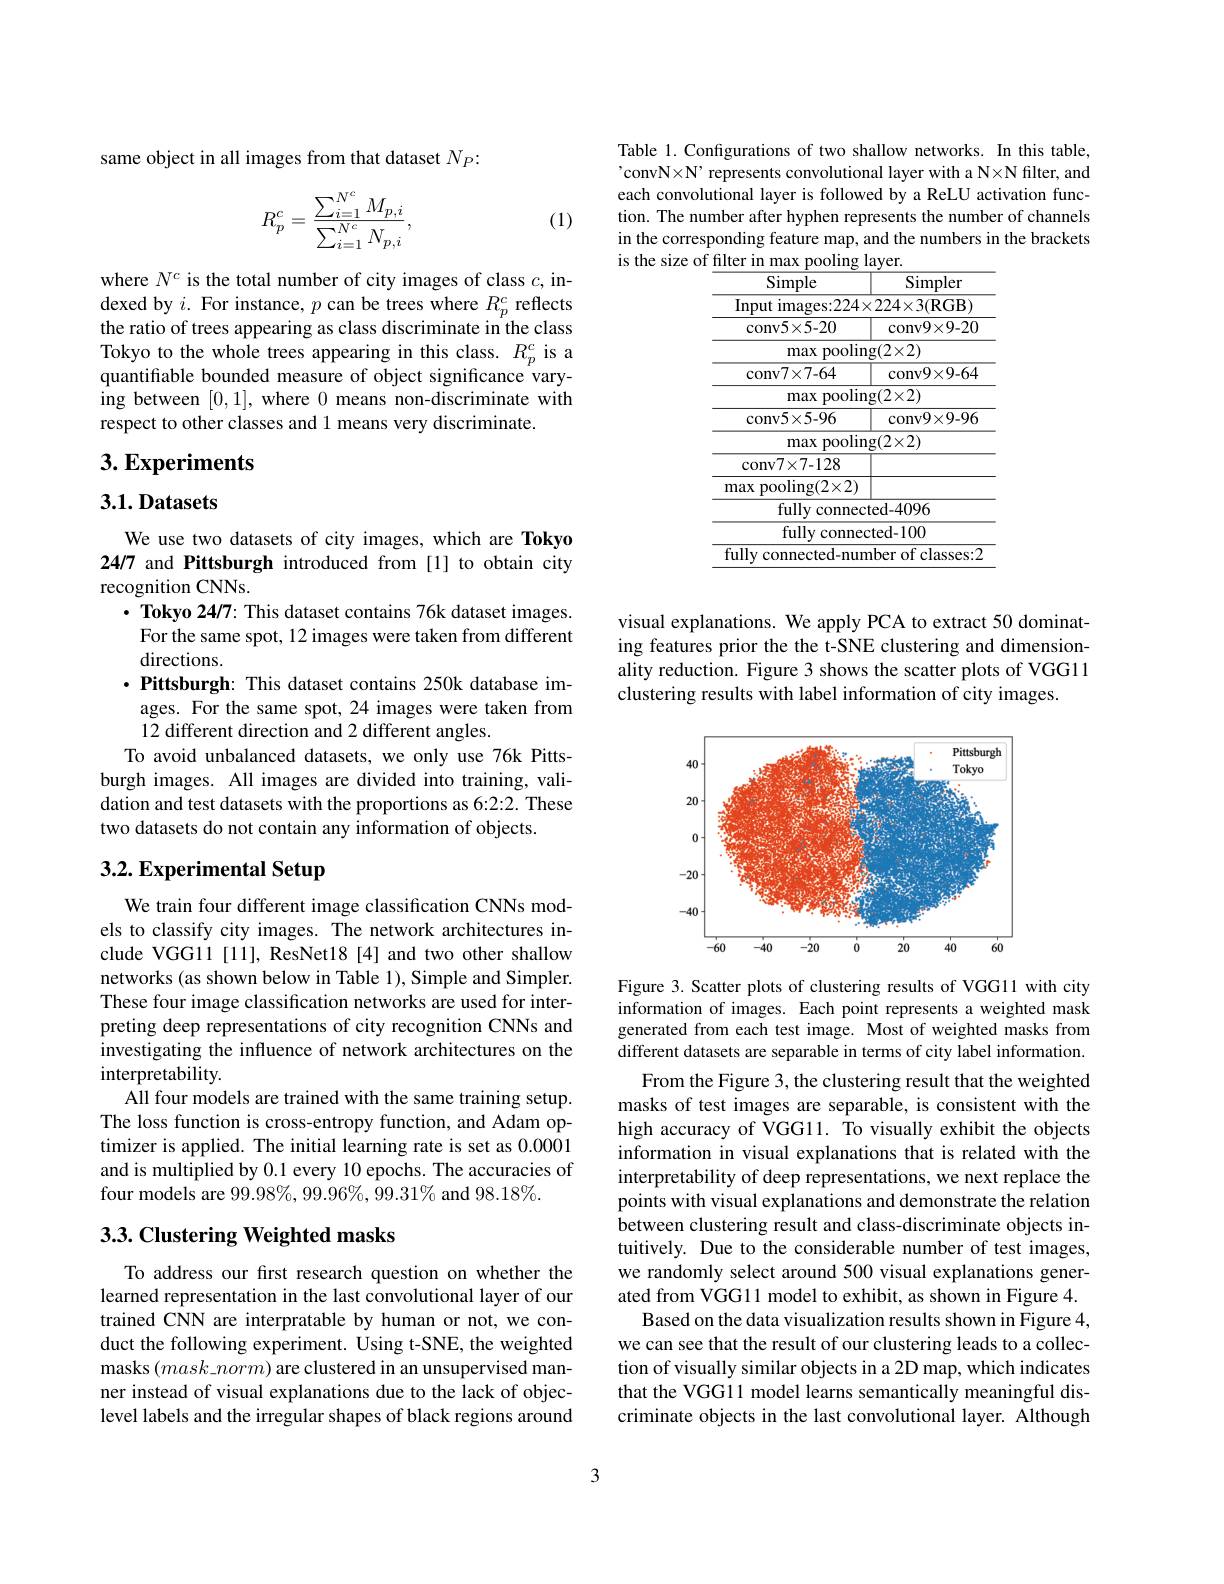
same object in all images from that dataset $N_P{:}$

(1)
$$R_p^c=\frac{\sum_{i=1}^{N^c}M_{p,i}}{\sum_{i=1}^{N^c}N_{p,i}},$$
where $N^c$ is the total number of city images of class $c$, indexed by $i.$ For instance, $p$ can be trees where $R_p^c$ reflects the ratio of trees appearing as class discriminate in the class Tokyo to the whole trees appearing in this class. $R_p^c$ is a quantifiable bounded measure of object significance varying between [0,1], where 0 means non-discriminate with respect to other classes and 1 means very discriminate.

## $3. \textbf{Experiments}$

### 3.1.Datasets

We use two datasets of city images, which are Tokyo 24/7 and Pittsburgh introduced from [1] to obtain city recognition CNNs.
$\cdot$ Tokyo 24/7: This dataset contains 76k dataset images. For the same spot, 12 images were taken from different directions.
$\cdot \textbf{Pittsburgh: This dataset contains 250k database im- }$ ages. For the same spot, 24 images were taken from 12 different direction and 2 different angles.
To avoid unbalanced datasets, we only use 76k Pittsburgh images. All images are divided into training, validation and test datasets with the proportions as 6:2:2. These two datasets do not contain any information of objects.

# 3.2. Experimental Setup

We train four different image classification CNNs models to classify city images. The network architectures include VGG11[11], ResNet18[4] and two other shallow networks (as shown below in Table 1), Simple and Simpler. These four image classification networks are used for interpreting deep representations of city recognition CNNs and investigating the influence of network architectures on the interpretability.
All four models are trained with the same training setup. The loss function is cross-entropy function, and Adam optimizer is applied. The initial learning rate is set as 0.0001 and is multiplied by 0.1 every 10 epochs. The accuracies of four models are $99.98\%,99.96\%,99.31\%$ and $98.18\%.$

## 3.3. Clustering Weighted masks

To address our first research question on whether the learned representation in the last convolutional layer of our trained CNN are interpratable by human or not, we conduct the following experiment. Using t-SNE, the weighted masks $(mask\_norm)$ are clustered in an unsupervised manner instead of visual explanations due to the lack of objeclevel labels and the irregular shapes of black regions around

Table 1. Configurations of two shallow networks. In this table, 'convN×N’ represents convolutional layer with a N×N filter, and each convolutional layer is followed by a ReLU activation function. The number after hyphen represents the number of channels in the corresponding feature map, and the numbers in the brackets is the size of filter in max pooling layer.

<table>
	<tbody>
		<tr>
			<th>Simple</th>
			<th>Simpler</th>
		</tr>
		<tr>
			<td>Input images:224×</td>
			<td>$\times224\times3($RGB)</td>
		</tr>
		<tr>
			<td>conv5$\times$5- 20</td>
			<td>conv9$\times$9- 20</td>
		</tr>
		<tr>
			<td>pooling max</td>
			<td>$\operatorname{g}(2\times2)$</td>
		</tr>
		<tr>
			<td>conv7$\times$7- 64</td>
			<td>conv9$\times$9- 64</td>
		</tr>
		<tr>
			<td>pooling max</td>
			<td>$\operatorname{g}(2\times2)$</td>
		</tr>
		<tr>
			<td>conv5$\times$5- 96</td>
			<td>conv9$\times$9- 96</td>
		</tr>
		<tr>
			<td>pooling max</td>
			<td>$\operatorname{g}(2\times2)$</td>
		</tr>
		<tr>
			<td>conv7$\times$7- 128</td>
			<td> </td>
		</tr>
		<tr>
			<td>${\mathrm{pooling}}(2\times2)$ max</td>
			<td> </td>
		</tr>
		<tr>
			<td>fully connect</td>
			<td>${\mathrm{ted-4096}}$</td>
		</tr>
		<tr>
			<td>fully connec</td>
			<td>cted- 100</td>
		</tr>
		<tr>
			<td>fully c connected-num</td>
			<td>${\mathrm{nber~of~classes:2}}$</td>
		</tr>
	</tbody>
</table>

visual explanations. We apply PCA to extract 50 dominating features prior the the t-SNE clustering and dimensionality reduction. Figure 3 shows the scatter plots of VGG11 clustering results with label information of city images.

<FigureHere>

Figure 3. Scatter plots of clustering results of VGG11 with city information of images. Each point represents a weighted mask generated from each test image. Most of weighted masks from different datasets are separable in terms of city label information.

From the Figure 3, the clustering result that the weighted masks of test images are separable, is consistent with the high accuracy of VGG11. To visually exhibit the objects information in visual explanations that is related with the interpretability of deep representations, we next replace the points with visual explanations and demonstrate the relation between clustering result and class-discriminate objects intuitively. Due to the considerable number of test images, we randomly select around 500 visual explanations generated from VGGl1 model to exhibit, as shown in Figure 4.
Based on the data visualization results shown in Figure 4, we can see that the result of our clustering leads to a collection of visually similar objects in a 2D map, which indicates that the VGG11 model learns semantically meaningful discriminate objects in the last convolutional layer. Although

3